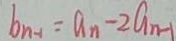
b _ { n - 1 } = a _ { n } - 2 a _ { n - 1 }